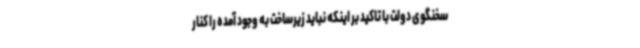
سخنگوی دولت با تاکید بر اینکه نباید زیرساخت به وجود آمده را کنار